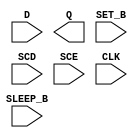
module sky130_fd_sc_lp__srsdfstp (
    //# {{data|Data Signals}}
    input  D      ,
    output Q      ,

    //# {{control|Control Signals}}
    input  SET_B  ,

    //# {{scanchain|Scan Chain}}
    input  SCD    ,
    input  SCE    ,

    //# {{clocks|Clocking}}
    input  CLK    ,

    //# {{power|Power}}
    input  SLEEP_B
);

    // Voltage supply signals
    supply1 KAPWR;
    supply1 VPWR ;
    supply0 VGND ;
    supply1 VPB  ;
    supply0 VNB  ;

endmodule